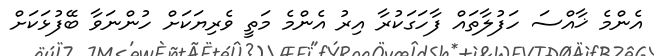
އެންމެ ޚާއްސަ ހަފުލާތައް ފާހަގަކުރާ އިރު އެންމެ މަތީ ވެރިޔަކަށް ހުންނަވާ ބޭފުޅަކަށް